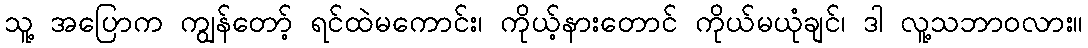
သူ့ အပြောက ကျွန်တော့် ရင်ထဲမကောင်း၊ ကိုယ့်နားတောင် ကိုယ်မယုံချင်၊ ဒါ လူ့သဘာဝလား။